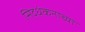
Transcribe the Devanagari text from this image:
सिद्धंकनाच्या